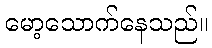
မော့သောက်နေသည်။